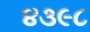
૪૩૯૮